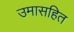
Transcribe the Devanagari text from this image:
उमासहित